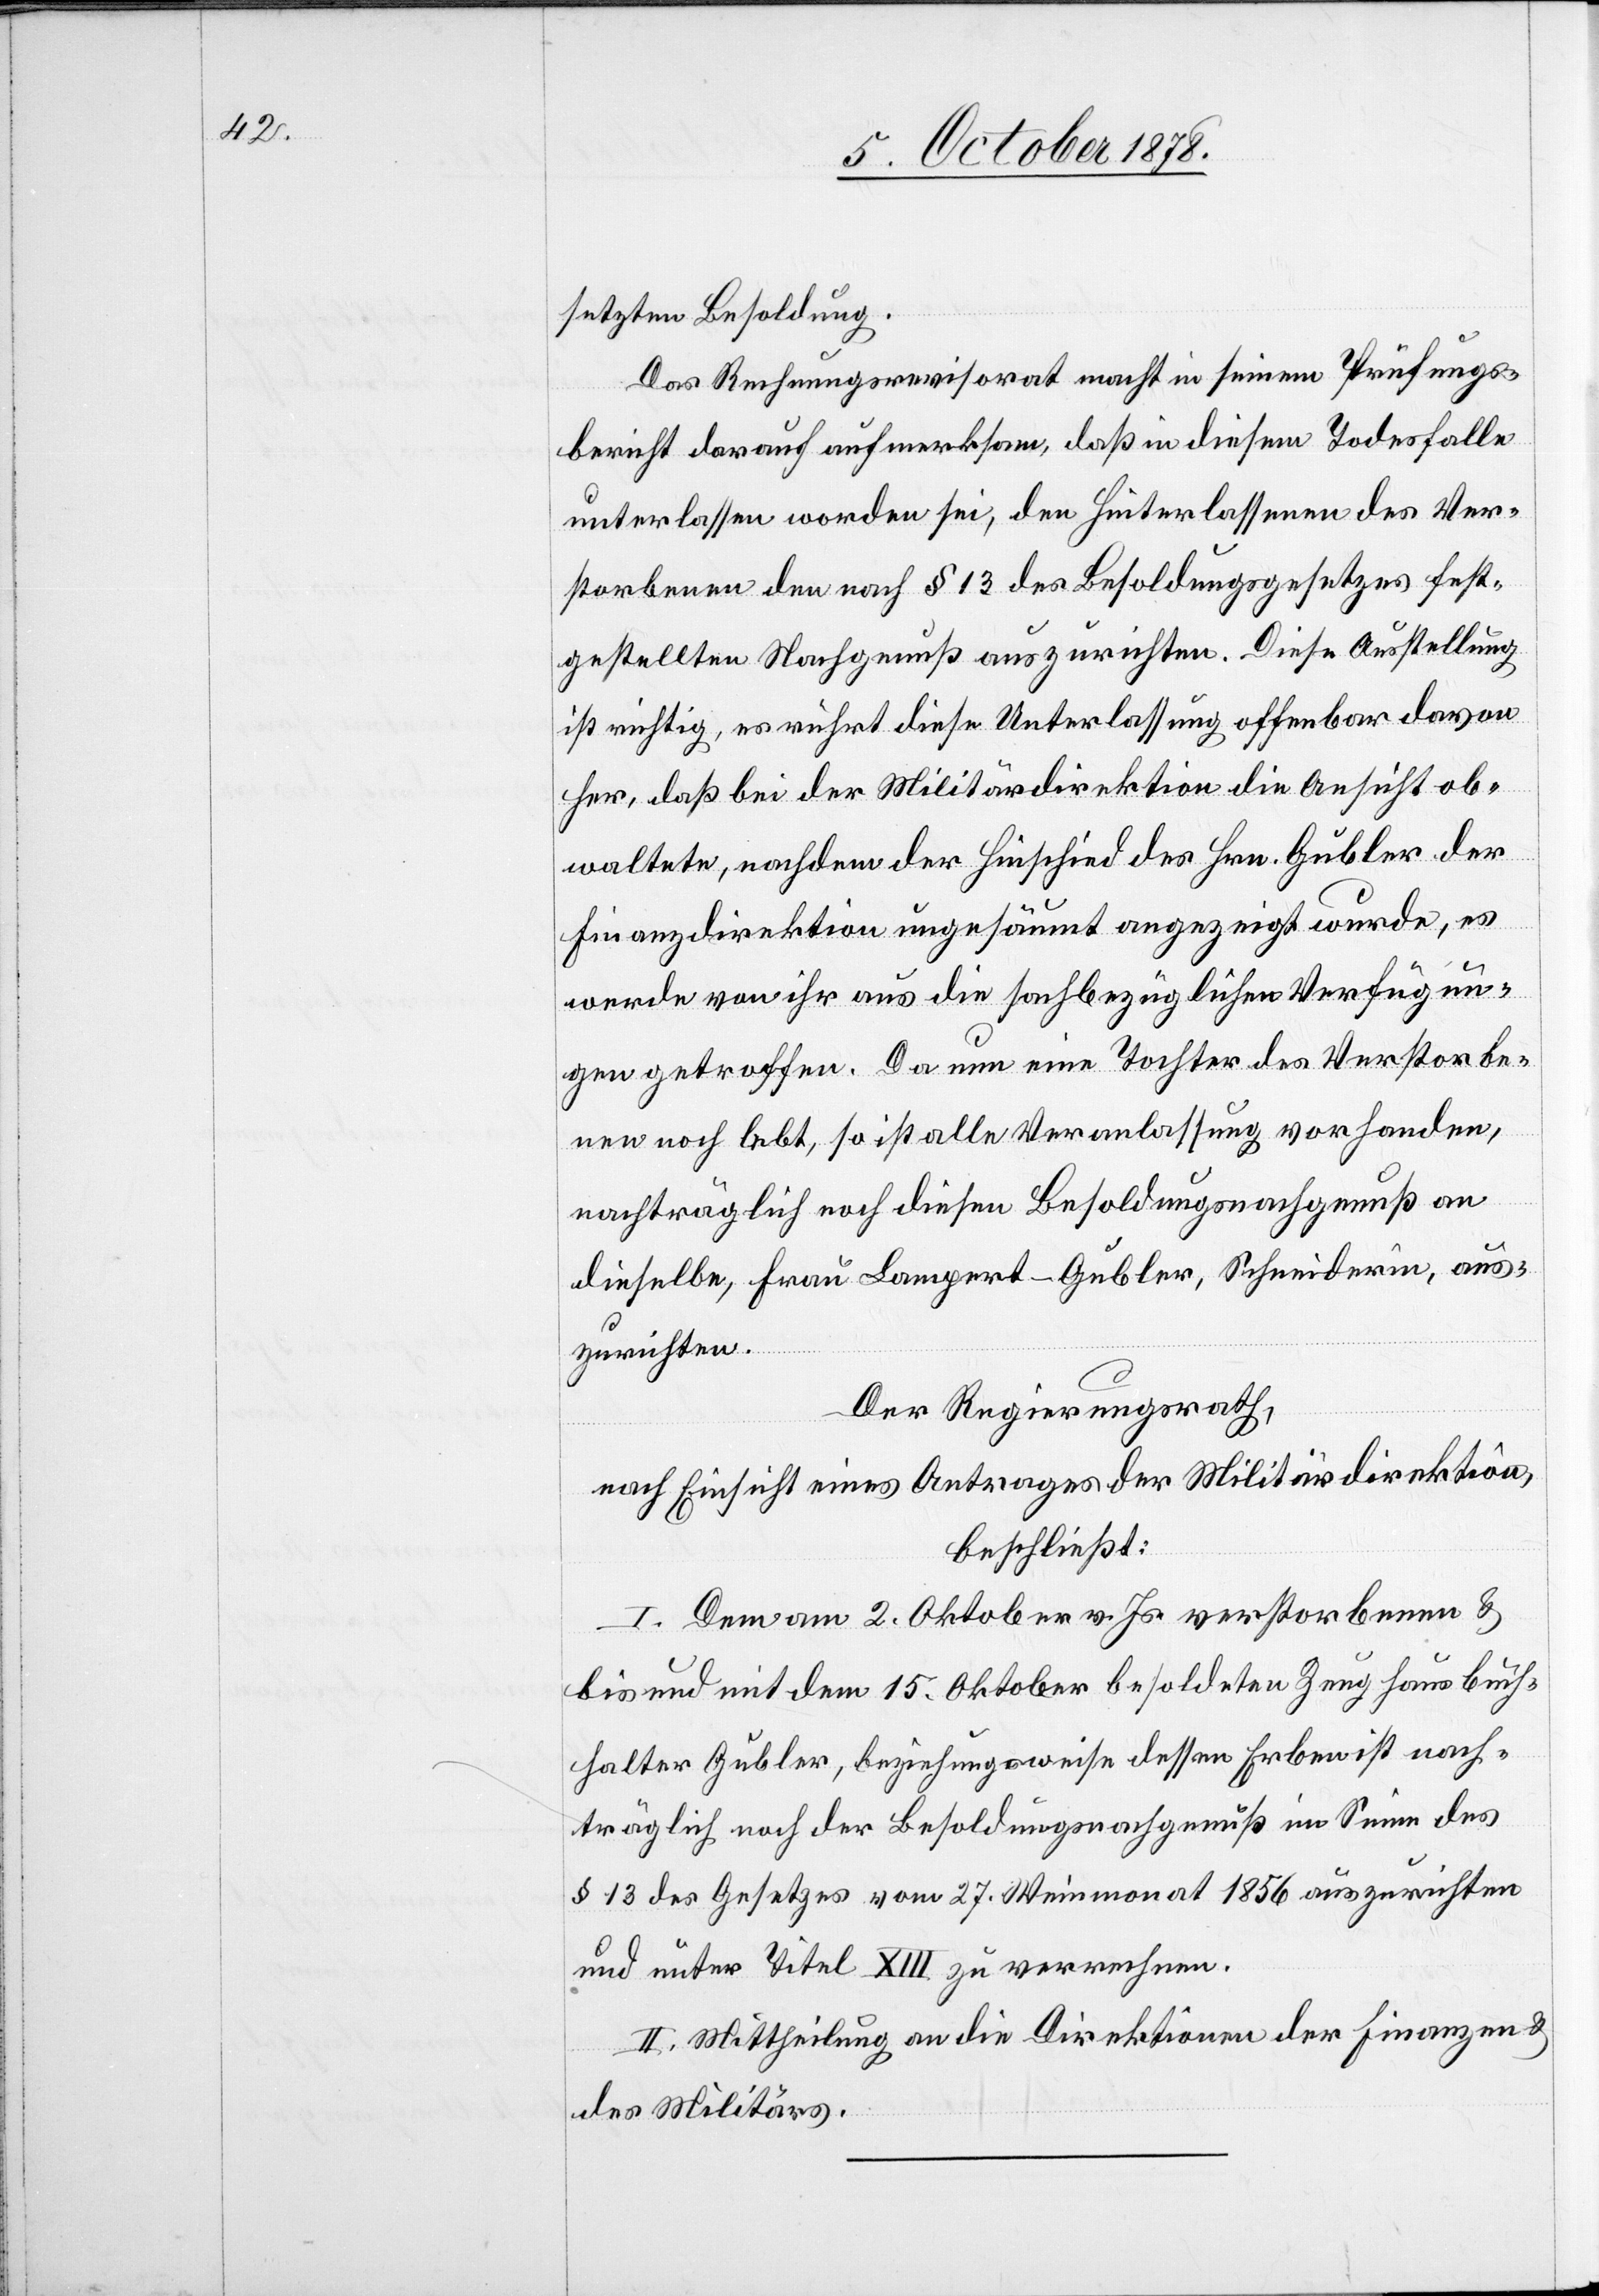
setzten Besoldung.
Das Rechnungsrevisorat macht in seinem Prüfungs¬
bericht darauf aufmerksam, daß in diesem Todesfalle
unterlassen worden sei, den Hinterlassenen des Ver¬
storbenen den nach § 13 des Besoldungsgesetzes fest¬
gestellten Nachgenuß auszurichten. Diese Ausstellung
ist richtig, es rührt diese Unterlassung offenbar davon
her, daß bei der Militärdirektion die Ansicht ob¬
waltete, nachdem der Hinschied des Hrn. Gubler der
Finanzdirektion ungesäumt angezeigt wurde, es
werden von ihr aus die sachbezüglichen Verfügun¬
gen getroffen. Da nun eine Tochter des Verstorbe¬
nen noch lebt, so ist alle Veranlaßung vorhanden,
nachträglich noch diesen Besoldungsnachgenuß an
dieselbe, Frau Lampert-Gubler, Schneiderin, aus¬
zurichten.
Der Regierungsrath,
nach Einsicht eines Antrages der Militärdirektion,
beschließt:
I. Dem am 2. Oktober v. Js. verstorbenen &
bis und mit dem 15. Oktober besoldeten Zeughausbuch¬
halter Gubler, beziehungsweise dessen Erben ist nach¬
träglich noch der Besoldungsnachgenuß im Sinne des
§ 13 des Gesetzes vom 27. Weinmonat 1856 auszurichten
und unter Titel XIII zu vernehmen.
II. Mittheilung an die Direktionen der Finanzen &
des Militärs.